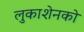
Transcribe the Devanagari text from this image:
लुकाशेनको